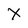
Character: X